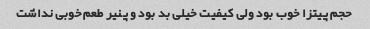
حجم پیتزا خوب بود ولی کیفیت خیلی بد بود و پنیر طعم خوبی نداشت